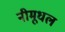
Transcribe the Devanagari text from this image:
नीमूधल